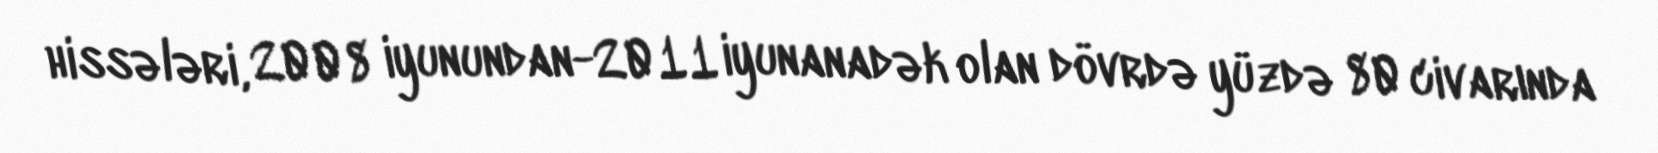
hissələri, 2008 iyunundan-2011 iyunanadək olan dövrdə yüzdə 80 civarında